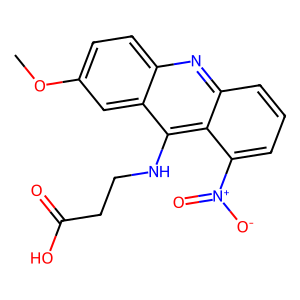
SMILES: COc1ccc2nc3cccc([N+](=O)[O-])c3c(NCCC(=O)O)c2c1
Inhibits HIV replication: No